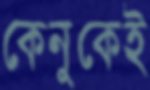
কেনুকেই